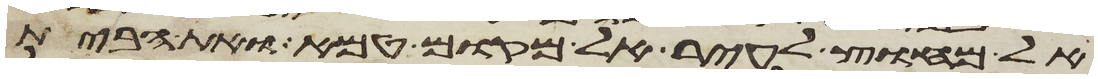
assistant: אל מחוץ לעיר אל מקום טמא ואת הבית